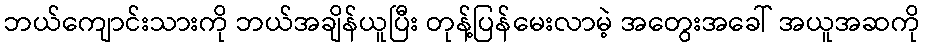
ဘယ်ကျောင်းသားကို ဘယ်အချိန်ယူပြီး တုန့်ပြန်မေးလာမဲ့ အတွေးအခေါ် အယူအဆကို